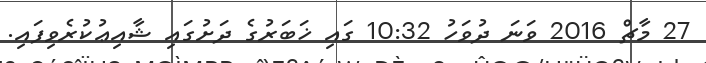
27 މާޗް 2016 ވަނަ ދުވަހު 10:32 ގައި ޚަބަރުގެ ދަށުގައި ޝާއިޢުކުރެވިފައި.